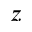
z